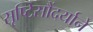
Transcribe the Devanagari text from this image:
सृष्टिसौंदर्याने